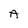
Character: A